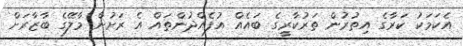
އެކަމަކު ކަރާގެ އިތުރުން ތަރުކާރީގެ ބައެއް އުފެއްދުންތައް އެ ރަށުން މާލޭގެ ބާޒާރަށް